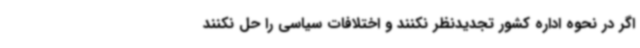
اگر در نحوه اداره کشور تجدیدنظر نکنند و اختلافات سیاسی را حل نکنند